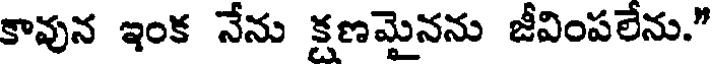
కావున ఇంక నేను క్షణమైనను జీవింపలేను."